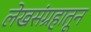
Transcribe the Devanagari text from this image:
लेखसंग्रहातून